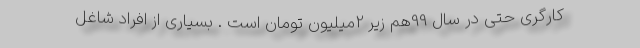
کارگری حتی در سال 99هم زیر 2میلیون تومان است . بسیاری از افراد شاغل